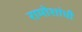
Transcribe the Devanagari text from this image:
रामोशांची